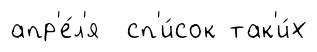
апр'е́л'я сп'и́сок так'и́х